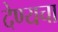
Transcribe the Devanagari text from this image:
देण्यचा